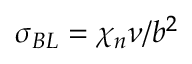
\sigma _ { B L } = \chi _ { n } \nu / b ^ { 2 }